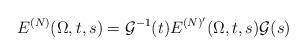
LaTeX: \begin{align*}E^{(N)}(\Omega,t,s)=\mathcal{G}^{-1}(t)E^{(N)'}(\Omega,t,s)\mathcal{G}(s)\end{align*}